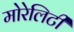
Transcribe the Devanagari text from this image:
मोरेलिटी